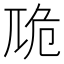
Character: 卼